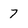
Character: 7